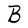
Character: B